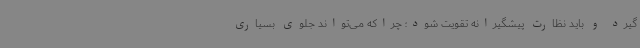
گیرد و باید نظارت پیشگیرانه تقویت شود؛ چراکه می‌تواند جلوی بسیاری